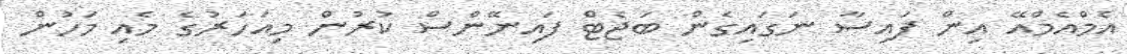
އެމްއެމްއޭ އިން ފައިސާ ނަގައިގެން ބަޖެޓް ފައިނޭންސް ކުރުން މިއަހަރުގެ މެއި މަހުން